Medical and sanitary report of the native army of Madras for the year
Year: 1876
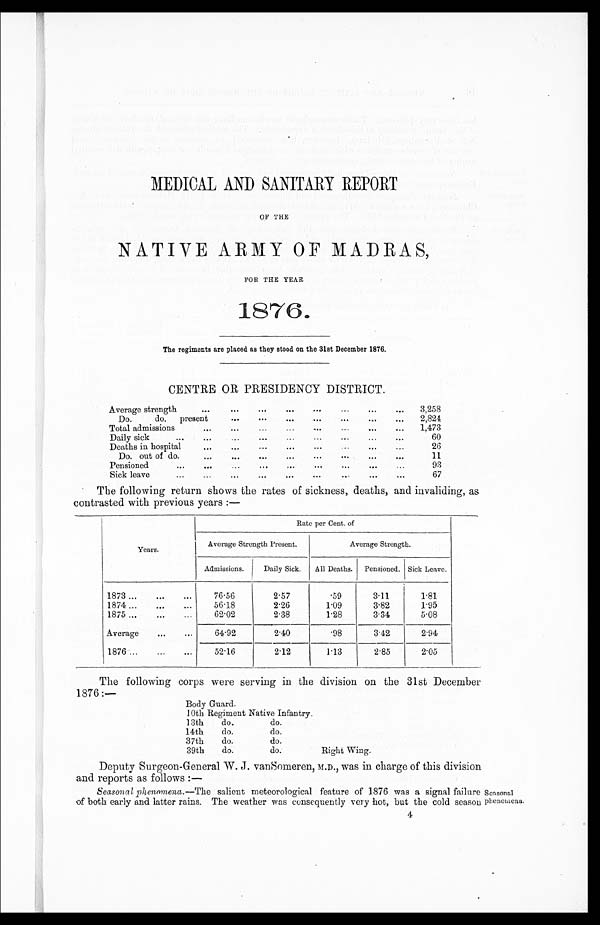
MEDICAL AND SANITARY REPORT
OF THE
NATIVE ARMY OF MADRAS,
FOR THE YEAR
1876.
The regiments are placed as they stood on the 31st December 1876.
CENTRE OR PRESIDENCY DISTRICT.
Average strength
Do. do. present
Total admissions
3,258
2,824
1,473
Daily sick
60
Deaths in hospital
26
Do. out of do.
11
Pensioned
93
Sick leave
67
The following return shows the rates of sickness, deaths, and invaliding, as
contrasted with previous years:—
Years.
Rate per Cent. of
Average Strength Present.
Average Strength.
Admissions.
Daily Sick.
All Deaths.
Pensioned. Sick Leave.
1873
76·56
2·57
·59
3·11
1·81
1874
56·18
2·26
1·09
3·82
1·95
1875
62·02
2·38
1·28
3·34
5·08
Average
64·92
2·40
·98
3·12
2·94
1876
52·16
2·12
1·13
2·85
2·05
The following corps were serving in the division on the 31st December
1876:—
Body Guard.
10th Regiment Native Infantry.
13th
do.
do.
14th
do.
do.
37th
do.
do.
39th
do.
do.
Right Wing.
Deputy Surgeon-General W. J. vanSomeren, M.D., was in charge of this division
and reports as follows:—
Seasonal phenomena. —The salient meteorological feature of 1876 was a signal failure Seasonal
of both early and latter rains. The weather was consequently very hot, but the cold season phenomena.
4